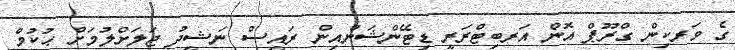
ގެ ވަރކިން ގްރޫޕް އޮން އަރބިޓްރަރީ ޑިޓޭންޝަންއިން ރައީސް ނަޝީދު ޖަލަށްލުމަށް ޙުކުމް